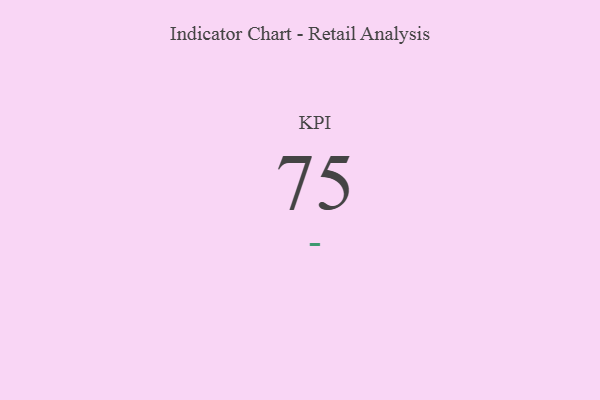
{"axis": {"x": "KPI", "y": "Value"}, "legend": [""], "data": [{"x": "KPI", "y": 75, "type": ""}]}